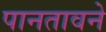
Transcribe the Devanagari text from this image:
पानतावने